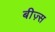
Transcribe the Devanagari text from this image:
बीज़्स